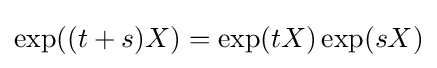
\exp((t+s)X)=\exp(tX)\exp(sX)